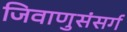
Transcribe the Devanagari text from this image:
जिवाणुसंसर्ग